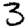
Digit: 3